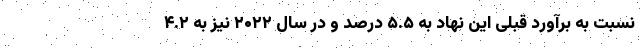
نسبت به برآورد قبلی این نهاد به ۵.۵ درصد و در سال ۲۰۲۲ نیز به ۴.۲